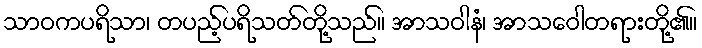
သာဝကပရိသာ၊ တပည့်ပရိသတ်တို့သည်။ အာသဝါနံ၊ အာသဝေါတရားတို့၏။